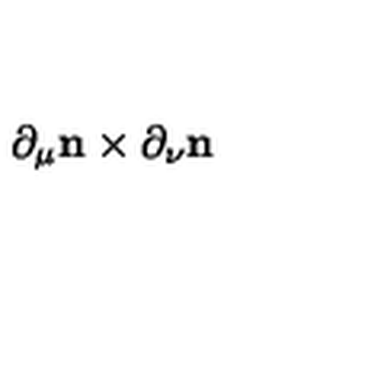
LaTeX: \partial _ { \mu } { \bf n } \times \partial _ { \nu } { \bf n }